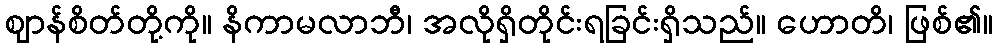
ဈာန်စိတ်တို့ကို။ နိကာမလာဘီ၊ အလိုရှိတိုင်းရခြင်းရှိသည်။ ဟောတိ၊ ဖြစ်၏။